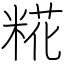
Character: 糀